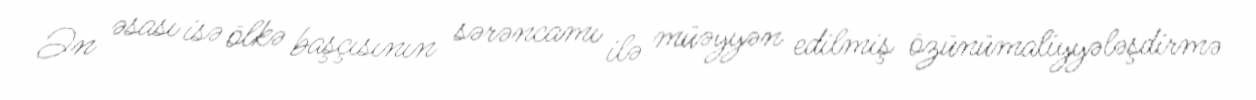
Ən əsası isə ölkə başçısının sərəncamı ilə müəyyən edilmiş özünümaliyyələşdirmə